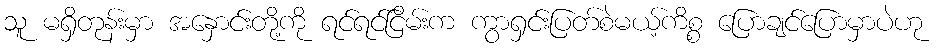
သူ မရှိတုန်းမှာ အနှောင်းတို့ကို ရင်ရင်ငြိမ်းက ကွာရှင်းပြတ်စဲမယ့်ကိစ္စ ပြောချင်ပြောမှာပဲဟု